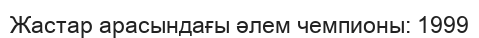
Жастар арасындағы әлем чемпионы: 1999